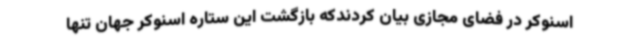
اسنوکر در فضای مجازی بیان کردندکه بازگشت این ستاره اسنوکر جهان تنها